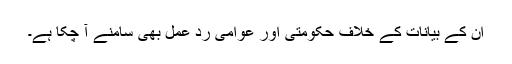
ان کے بیانات کے خلاف حکومتی اور عوامی رد عمل بھی سامنے آ چکا ہے۔